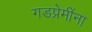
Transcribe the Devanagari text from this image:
गडप्रेमींना